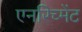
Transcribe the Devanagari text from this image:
एनरिच्मेंट